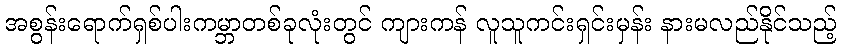
အစွန်းရောက်ရှစ်ပါးကမ္ဘာတစ်ခုလုံးတွင် ကျားကန် လူသူကင်းရှင်းမှန်း နားမလည်နိုင်သည့်